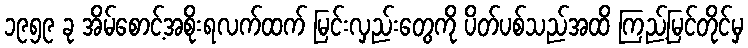
၁၉၅၉ ခု အိမ်စောင့်အစိုးရလက်ထက် မြင်းလှည်းတွေကို ပိတ်ပစ်သည်အထိ ကြည့်မြင်တိုင်မှ